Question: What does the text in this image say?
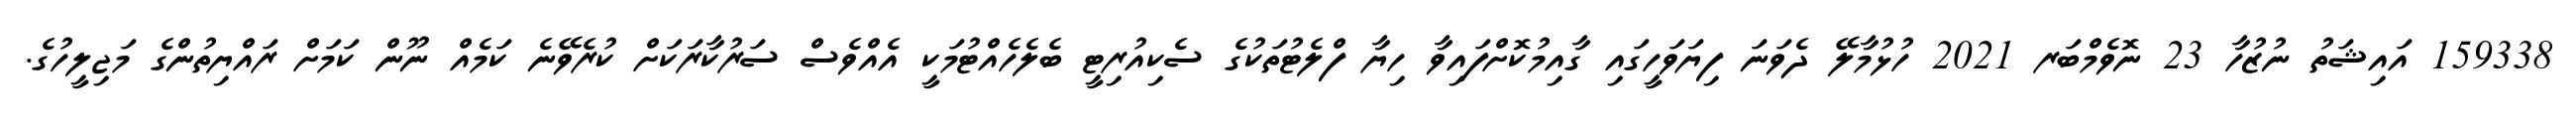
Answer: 159338 އައިޝަތު ނުޒުހާ 23 ނޮވެމްބަރ 2021 ހުޅުމާލޭ ދެވަނަ ފިޔަވަހީގައި ގާއިމުކޮށްފައިވާ ހިޔާ ފްލެޓުތަކުގެ ސެކިއުރިޓީ ބެލެހެއްޓުމަކީ އެއްވެސް ސަރުކާރަކަށް ކުރެވޭނެ ކަމެއް ނޫން ކަމަށް ރައްޔިތުންގެ މަޖިލީހުގެ.